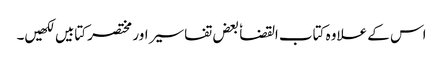
اس کے علاوہ کتاب القضا ٗ بعض تفاسیر اور مختصر کتابیں لکھیں۔